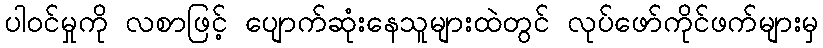
ပါဝင်မှုကို လစာဖြင့် ပျောက်ဆုံးနေသူများထဲတွင် လုပ်ဖော်ကိုင်ဖက်များမှ